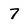
Character: 7